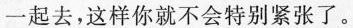
一起去，这样你就不会特别紧张了。